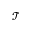
\mathcal { T }